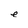
Character: e